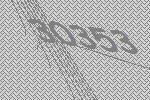
30353